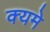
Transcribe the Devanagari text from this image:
क्यमे